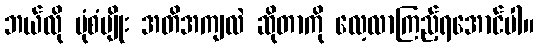
ဘယ်လို ပုံစံမျိုး အတိအကျလဲ ဆိုတာကို လေ့လာကြည့်ရအောင်ပါ။